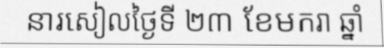
នារសៀលថ្ងៃទី ២៣ ខែមករា ឆ្នាំ